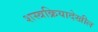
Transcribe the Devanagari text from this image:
शस्त्रक्रियादेखील